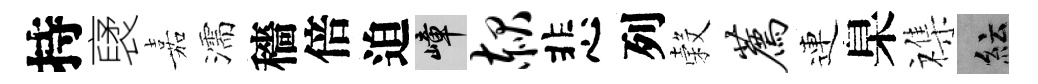
持裦嘉濡穡倍迫嶂赧悲列穀荐連臬襍紜